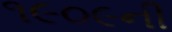
૧૯૦૯ની